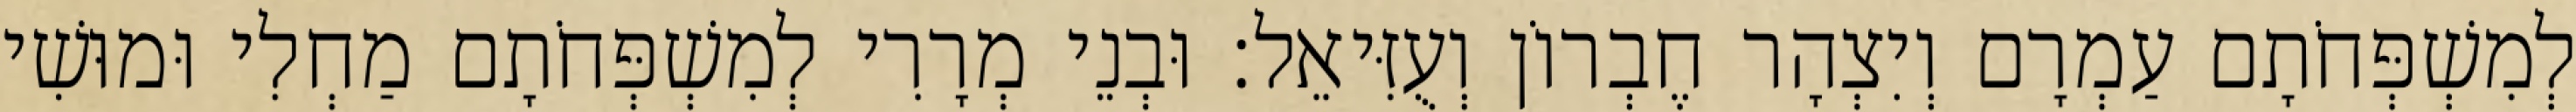
לְמִשְׁפְּחֹתָם עַמְרָם וְיִצְהָר חֶבְרוֹן וְעֻזִּיאֵל׃ וּבְנֵי מְרָרִי לְמִשְׁפְּחֹתָם מַחְלִי וּמוּשִׁי